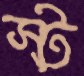
স্ট